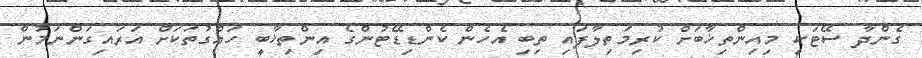
ގެންދާ ސޭޓަކީ މިއިންތިޚާބަށް ކުރިމަތިލާފައި ތިބި އެހެން ކެންޑިޑޭޓުންގެ އިންތިޚާބީ ހައްގުތަކަށް އަރައިގަންނަމުން